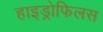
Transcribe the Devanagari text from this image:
हाइड्रोफिलस